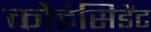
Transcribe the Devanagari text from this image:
कोइंसिडेंट